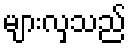
များလှသည်